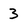
Character: 3